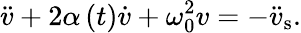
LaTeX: \ddot{v}+2\alpha\left(t\right)\dot{v}+\omega_{0}^{2}v=-\ddot{v}_{\mathrm{s}}.